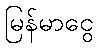
မြန်မာငွေ